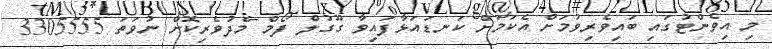
މި އިވެންޓުގައި ބައިވެރިވުމަށް އެކަމަށް ކަނޑައަޅާފައިވާ ގޫގުލް ފޯމް މެދުވެރިކޮށް ނުވަތަ 3305555